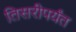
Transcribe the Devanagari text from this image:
तिसरीपर्यंत